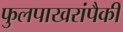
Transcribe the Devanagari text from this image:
फुलपाखरांपैकी